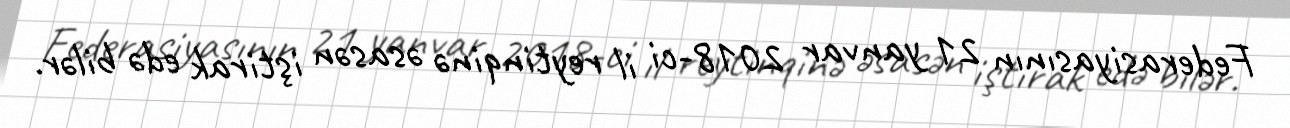
Federasiyasının 21 yanvar 2018-ci il reytinqinə əsasən iştirak edə bilər.